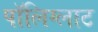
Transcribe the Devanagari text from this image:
पॉलिग्लाट